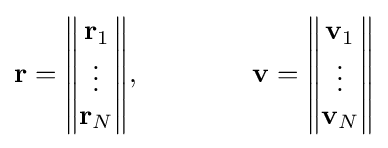
\mathbf {r} ={\begin{Vmatrix}\mathbf {r} _{1}\\\vdots \\\mathbf {r} _{N}\end{Vmatrix}},\qquad \qquad \mathbf {v} ={\begin{Vmatrix}\mathbf {v} _{1}\\\vdots \\\mathbf {v} _{N}\end{Vmatrix}}